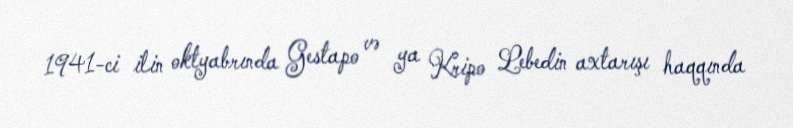
1941-ci ilin oktyabrında Gestapo və ya Kripo Lebedin axtarışı haqqında